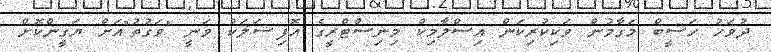
ދުވަހު ހަސީބް މަގާމުން ވަކިކުރިކަން އިސްލާމިކް މިނިސްޓްރީގެ އޮފިޝަލަކު ވަނީ "ވަގުތު"އަށް ޔަގީންކޮށް